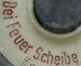
Bei Feuer scheibe